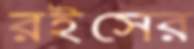
রইসের